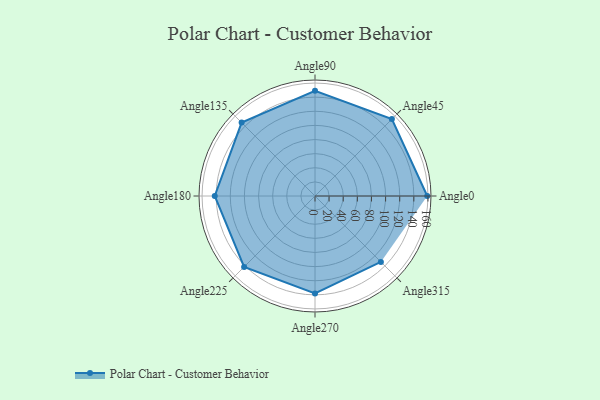
{"axis": {"x": "Angle", "y": "Radius"}, "legend": [""], "data": [{"x": "Angle0", "y": 159.0, "type": ""}, {"x": "Angle45", "y": 154.0, "type": ""}, {"x": "Angle90", "y": 149.0, "type": ""}, {"x": "Angle135", "y": 147.0, "type": ""}, {"x": "Angle180", "y": 142.0, "type": ""}, {"x": "Angle225", "y": 142.0, "type": ""}, {"x": "Angle270", "y": 138.0, "type": ""}, {"x": "Angle315", "y": 132.0, "type": ""}]}